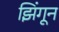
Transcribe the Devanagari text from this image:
झिंगून